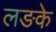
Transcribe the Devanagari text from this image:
लङके